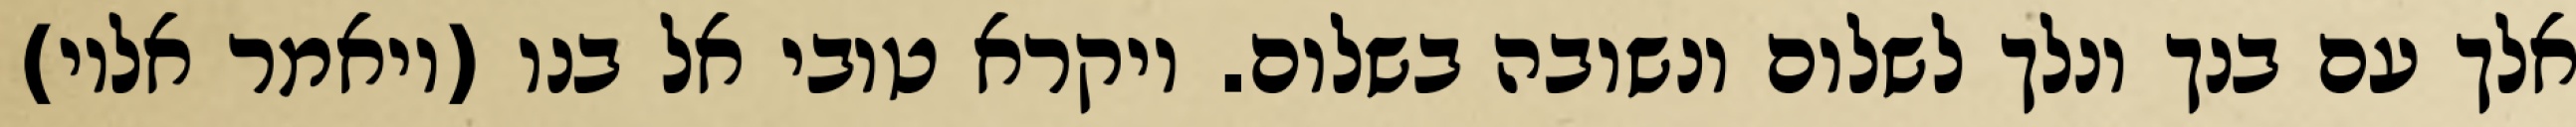
אלך עם בנך ונלך לשלום ונשובה בשלום. ויקרא טובי אל בנו (ויאמר אליו)